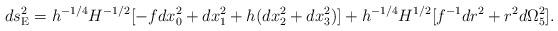
LaTeX: \begin{align*}ds^2_{\rm E}= h^{-1/4}H^{-1/2}[-f dx_0^2 + dx_1^2 +h(dx_2^2 +dx_3^2)] +h^{-1/4}H^{1/2}[f^{-1} dr^2 +r^2 d\Omega_5^2].\end{align*}